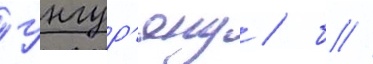
Унгур'яну / б //